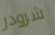
شرودر